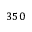
3 5 0